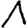
Digit: 1